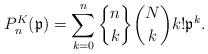
LaTeX: \begin{gather*}P_{n}^{K} ( \mathfrak{p} ) = \sum\limits_{k=0}^{n}\genfrac{\{}{\}}{0pt}{}{n}{k}\binom{N}{k}k! \mathfrak{p}^{k}. \end{gather*}